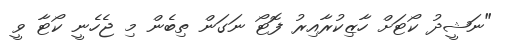
"ނަޝީދުު ކޯޓަށް ހާޒިކުރާއިރު ފޮޓޯ ނަގަން ތިބެން މި ޖެހެނީ ކޯޓާ ވީ